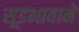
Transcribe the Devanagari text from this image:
सूडभावाने